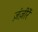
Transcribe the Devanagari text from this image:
ज़ंज़ीरें